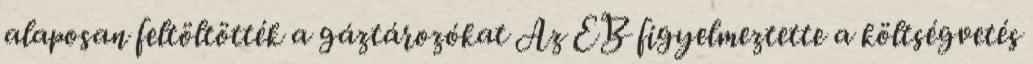
alaposan feltöltötték a gáztározókat Az EB figyelmeztette a költségvetés